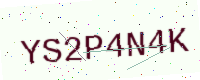
Text: YS2P4N4K